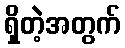
ရှိတဲ့အတွက်